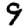
Digit: 9